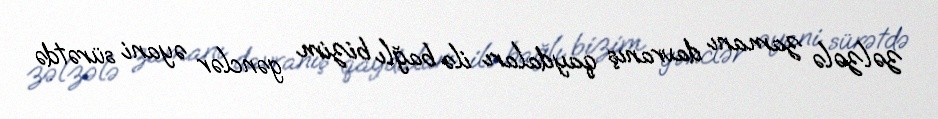
zəlzələ zamanı davranış qaydaları ilə bağlı bizim gənclər əyani sürətdə